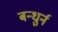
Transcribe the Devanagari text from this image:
बन्धुर्न